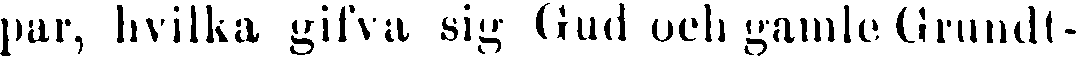
par, hvilka gifva sig Gud ooh gamle Grundt-